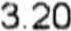
3.20